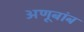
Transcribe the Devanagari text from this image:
अणूबांब